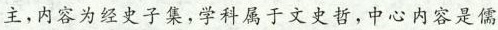
主,!内容为经史子集,学科属于文史哲,中心内容是儒